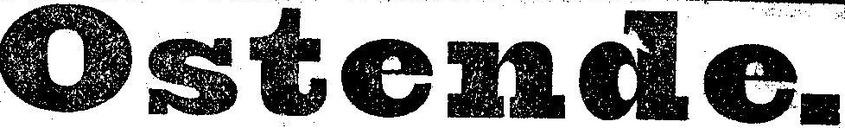
Ostende.